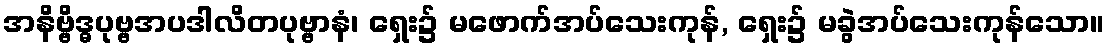
အနိဗ္ဗိဒ္ဓပုဗ္ဗအပဒါလိတပုဗ္ဗာနံ၊ ရှေး၌ မဖောက်အပ်သေးကုန်, ရှေး၌ မခွဲအပ်သေးကုန်သော။